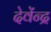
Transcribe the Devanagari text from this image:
देवेंन्द्र